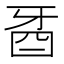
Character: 𤘉